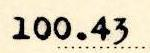
100.43